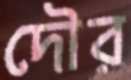
দৌর